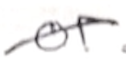
Text: or
Cross-out: diagonal
Writing tool: pencil